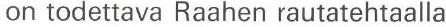
on todettava Raahen rautatehtaalla